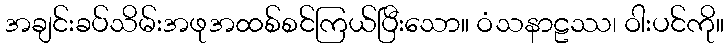
အချင်းခပ်သိမ်းအဖုအထစ်စင်ကြယ်ပြီးသော။ ဝံသနာဠဿ၊ ဝါးပင်ကို။